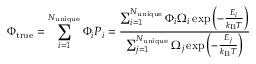
\Phi _ { \mathrm { t r u e } } = \sum _ { i = 1 } ^ { N _ { \mathrm { u n i q u e } } } \Phi _ { i } P _ { i } = \frac { \sum _ { i = 1 } ^ { N _ { \mathrm { u n i q u e } } } \Phi _ { i } \Omega _ { i } \exp { \left( - \frac { E _ { i } } { k _ { \mathrm { B } } T } \right) } } { \sum _ { j = 1 } ^ { N _ { \mathrm { u n i q u e } } } \Omega _ { j } \exp { \left( - \frac { E _ { j } } { k _ { \mathrm { B } } T } \right) } }